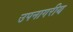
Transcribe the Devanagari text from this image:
उपनागरीय